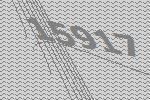
15917